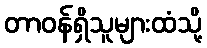
တာဝန်ရှိသူများထံသို့